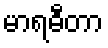
မာရဓီတာ